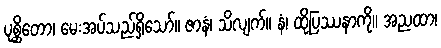
ပုစ္ဆိတော၊ မေးအပ်သည်ရှိသော်။ ဇာနံ၊ သိလျက်။ နံ၊ ထိုပြဿနာကို။ အညထာ၊